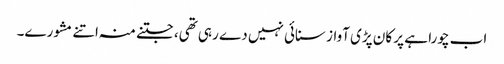
اب چورا ہے پر کان پڑی آواز سنائی نہیں دے رہی تھی، جتنے منہ اتنے مشورے۔